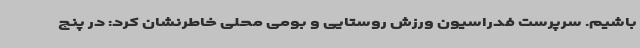
باشیم. سرپرست فدراسیون ورزش روستایی و بومی محلی خاطرنشان کرد: در پنج